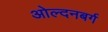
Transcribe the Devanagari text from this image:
ओल्दनबर्ग